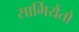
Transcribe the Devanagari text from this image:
सार्मियेंतो